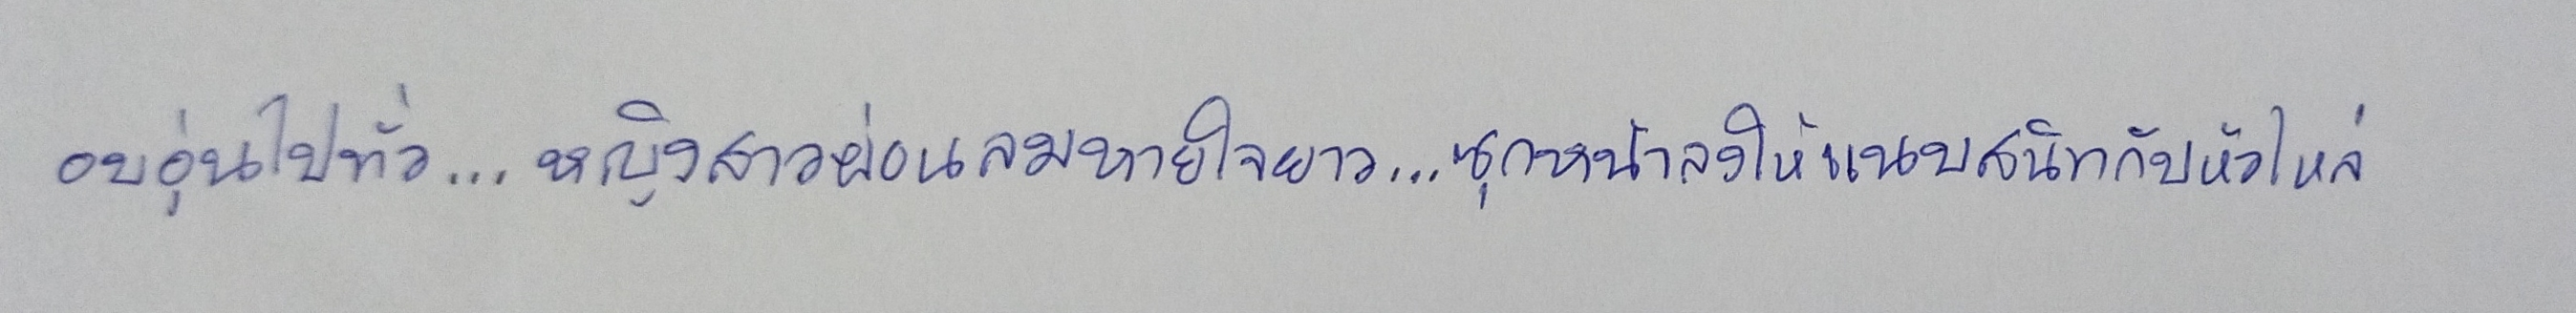
อบอุ่นไปทั่ว....หญิงสาวผ่อนลมหายใจยาว....ซุกหน้าลงให้แนบสนิทกับหัวไหล่